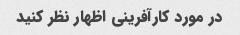
در مورد کارآفرینی اظهار نظر کنید